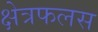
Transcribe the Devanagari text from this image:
क्षेत्रफलस